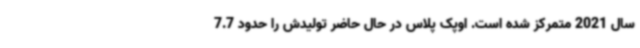
سال 2021 متمرکز شده است. اوپک پلاس در حال حاضر تولیدش را حدود 7.7